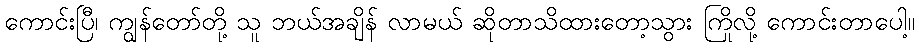
ကောင်းပြီ၊ ကျွန်တော်တို့ သူ ဘယ်အချိန် လာမယ် ဆိုတာသိထားတော့သွား ကြိုလို့ ကောင်းတာပေါ့။